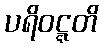
ပရိဝဋ္ဋတိ